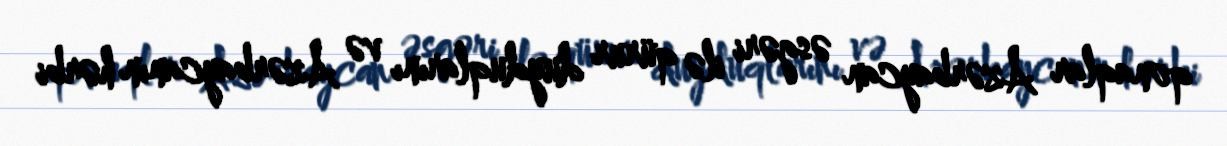
qonaqlar Azərbaycan əsgəri ilə qürur duyduqlarını və Azərbaycanın hərbi